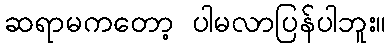
ဆရာမကတော့ ပါမလာပြန်ပါဘူး။